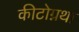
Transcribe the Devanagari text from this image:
कीटोग्नथा